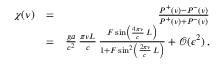
\begin{array} { r l r } { \chi ( \nu ) } & { = } & { \frac { P ^ { + } ( \nu ) - P ^ { - } ( \nu ) } { P ^ { + } ( \nu ) + P ^ { - } ( \nu ) } } \\ & { = } & { \frac { g a } { c ^ { 2 } } \, \frac { \pi \nu L } { c } \, \frac { F \sin \left( \frac { 4 \pi \nu } { c } \, L \right) } { 1 + F \sin ^ { 2 } \left( \frac { 2 \pi \nu } { c } \, L \right) } + \mathcal { O } ( \epsilon ^ { 2 } ) \, , } \end{array}